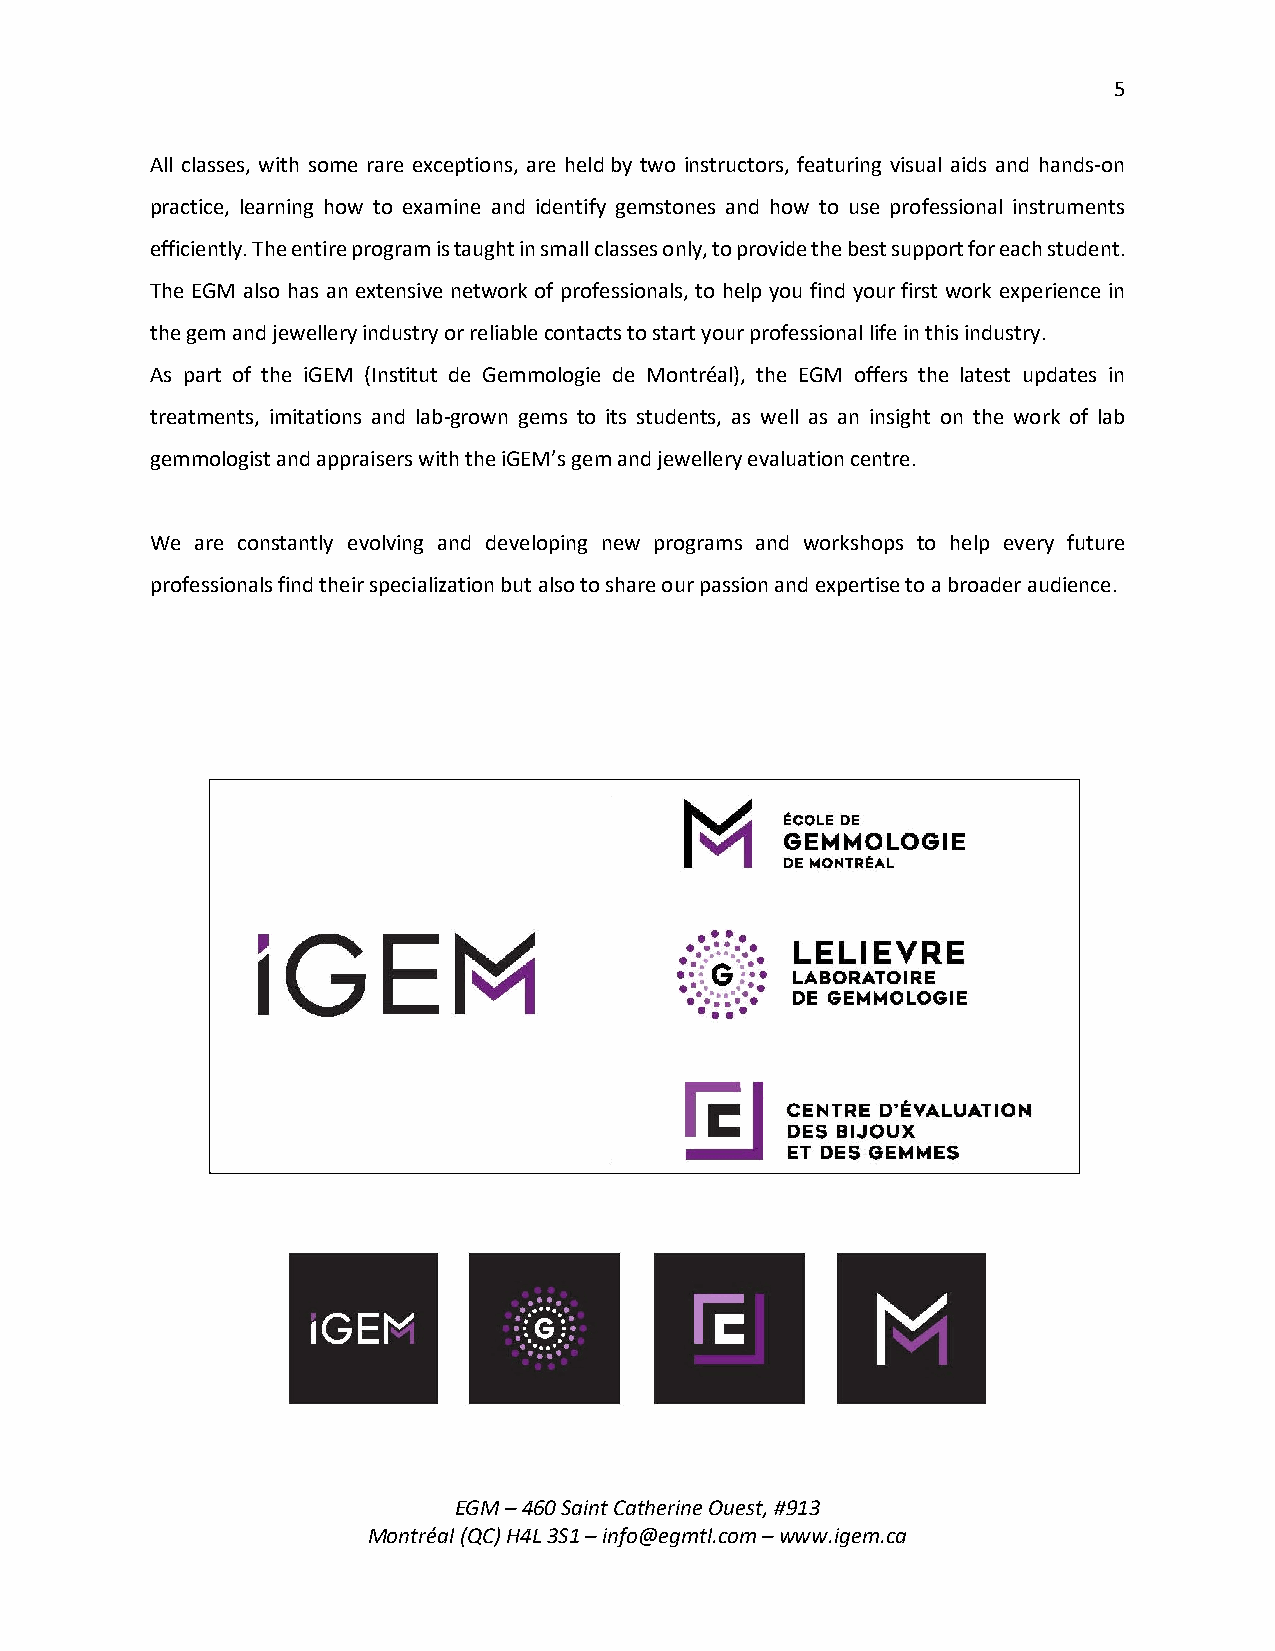
5
 All classes, with some rare exceptions, are held by two instructors, featuring visual aids and hands-on
 practice, learning how to examine and identify gemstones and how to use professional instruments
 efficiently. The entire program is taught in small classes only, to provide the best support for each student.
 The EGM also has an extensive network of professionals, to help you find your first work experience in
 the gem and jewellery industry or reliable contacts to start your professional life in this industry.
 As part of the iGEM (Institut de Gemmologie de Montréal), the EGM offers the latest updates in
 treatments, imitations and lab-grown gems to its students, as well as an insight on the work of lab
 gemmologist and appraisers with the iGEM’s gem and jewellery evaluation centre.
 We are constantly evolving and developing new programs and workshops to help every future
 professionals find their specialization but also to share our passion and expertise to a broader audience.
 EGM – 460 Saint Catherine Ouest, #913
 Montréal (QC) H4L 3S1 – info@egmtl.com – www.igem.ca